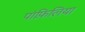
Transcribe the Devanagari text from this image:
पांफ़िलिया